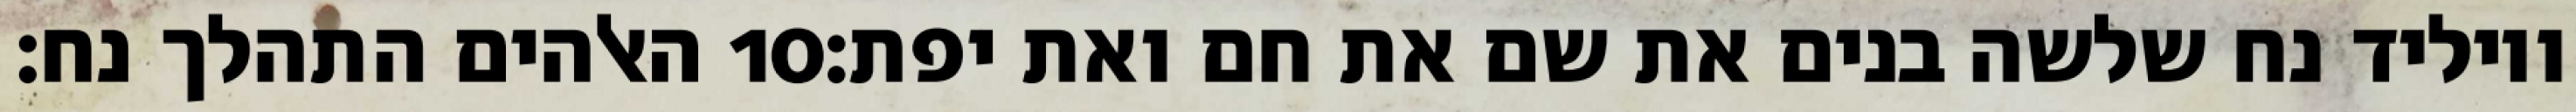
האלהים התהלך נח׃ ‎10‏ ויוליד נח שלשה בנים את שם את חם ואת יפת׃